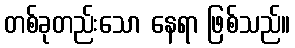
တစ်ခုတည်းသော နေရာ ဖြစ်သည်။